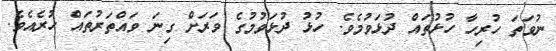
ނުވަތަ ހުރިހާ ހުޅުތައް ދުޅަވުމެވެ. ހުޅު ދުޅަވުމުގެ ވަރަށް ގިނަ ވައްތަރުތައް ހުރެއެވެ.